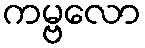
ကမ္ဗလော